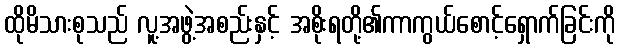
ထိုမိသားစုသည် လူ့အဖွဲ့အစည်းနှင့် အစိုးရတို့၏ကာကွယ်စောင့်ရှောက်ခြင်းကို